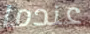
عندما